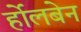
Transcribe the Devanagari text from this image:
र्होलबेन